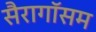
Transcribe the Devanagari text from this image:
सैरागॉसम